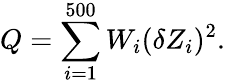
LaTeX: Q=\sum_{i=1}^{500}W_{i}(\delta Z_{i})^{2}.